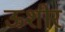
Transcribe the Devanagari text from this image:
ऊशीर